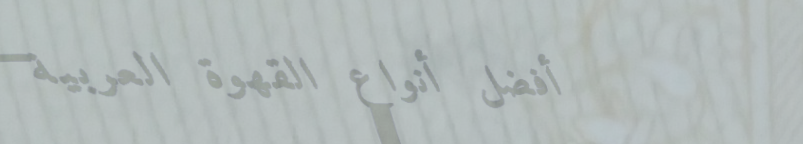
أفضل أنواع القهوة العربية